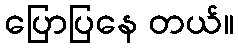
ပြောပြနေ တယ်။